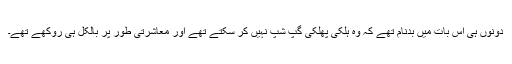
دونوں ہی اس بات میں بدنام تھے کہ وہ ہلکی پھلکی گپ شپ نہیں کر سکتے تھے اور معاشرتی طور پر بالکل ہی روکھے تھے۔